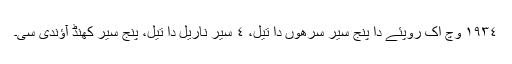
١٩٣٤ وچ اک روپئے دا پنج سیر سرھوں دا تیل، ٤ سیر ناریل دا تیل، پنج سیر کھنڈ آؤندی سی۔